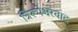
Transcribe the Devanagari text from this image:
त्रिरूपेश्वरवाद